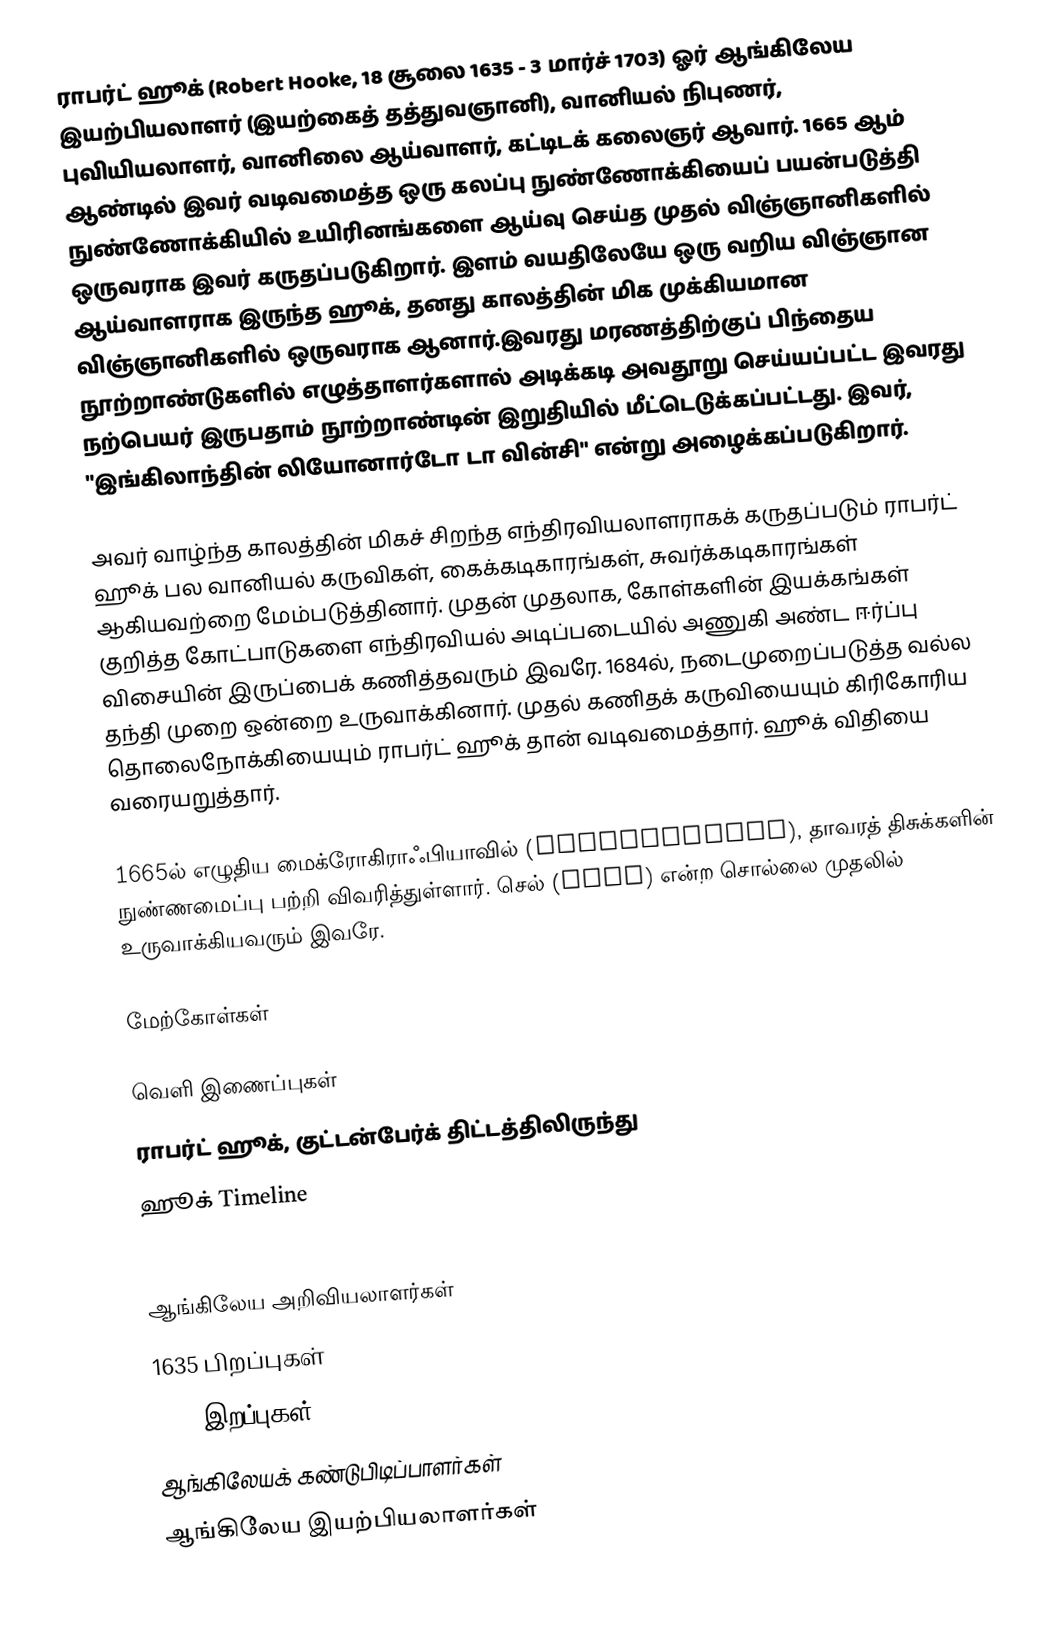
ராபர்ட் ஹூக் (Robert Hooke, 18 சூலை 1635 - 3 மார்ச் 1703) ஓர் ஆங்கிலேய இயற்பியலாளர் (இயற்கைத் தத்துவஞானி), வானியல் நிபுணர், புவியியலாளர், வானிலை ஆய்வாளர், கட்டிடக் கலைஞர் ஆவார். 1665 ஆம் ஆண்டில் இவர் வடிவமைத்த ஒரு கலப்பு நுண்ணோக்கியைப் பயன்படுத்தி நுண்ணோக்கியில் உயிரினங்களை ஆய்வு செய்த முதல் விஞ்ஞானிகளில் ஒருவராக இவர் கருதப்படுகிறார். இளம் வயதிலேயே ஒரு வறிய விஞ்ஞான ஆய்வாளராக இருந்த ஹூக், தனது காலத்தின் மிக முக்கியமான விஞ்ஞானிகளில் ஒருவராக ஆனார்.இவரது மரணத்திற்குப் பிந்தைய நூற்றாண்டுகளில் எழுத்தாளர்களால் அடிக்கடி அவதூறு செய்யப்பட்ட இவரது நற்பெயர் இருபதாம் நூற்றாண்டின் இறுதியில் மீட்டெடுக்கப்பட்டது. இவர், "இங்கிலாந்தின் லியோனார்டோ டா வின்சி" என்று அழைக்கப்படுகிறார்.

அவர் வாழ்ந்த காலத்தின் மிகச் சிறந்த எந்திரவியலாளராகக் கருதப்படும் ராபர்ட் ஹூக் பல வானியல் கருவிகள், கைக்கடிகாரங்கள், சுவர்க்கடிகாரங்கள் ஆகியவற்றை மேம்படுத்தினார். முதன் முதலாக, கோள்களின் இயக்கங்கள் குறித்த கோட்பாடுகளை எந்திரவியல் அடிப்படையில் அணுகி அண்ட ஈர்ப்பு விசையின் இருப்பைக் கணித்தவரும் இவரே. 1684ல், நடைமுறைப்படுத்த வல்ல தந்தி முறை ஒன்றை உருவாக்கினார். முதல் கணிதக் கருவியையும் கிரிகோரிய தொலைநோக்கியையும் ராபர்ட் ஹூக் தான் வடிவமைத்தார். ஹூக் விதியை வரையறுத்தார்.

1665ல் எழுதிய மைக்ரோகிராஃபியாவில் (Micrographia), தாவரத் திசுக்களின் நுண்ணமைப்பு பற்றி விவரித்துள்ளார். செல் (Cell) என்ற சொல்லை முதலில் உருவாக்கியவரும் இவரே.

மேற்கோள்கள்

வெளி இணைப்புகள்
 ராபர்ட் ஹூக், குட்டன்பேர்க் திட்டத்திலிருந்து
 ஹூக் Timeline
 http://www.roberthooke.org.uk

ஆங்கிலேய அறிவியலாளர்கள்
1635 பிறப்புகள்
1703 இறப்புகள்
ஆங்கிலேயக் கண்டுபிடிப்பாளர்கள்
ஆங்கிலேய இயற்பியலாளர்கள்